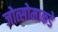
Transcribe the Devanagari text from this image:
जोत्सोमाकडे